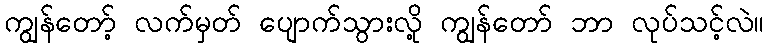
ကျွန်တော့် လက်မှတ် ပျောက်သွားလို့ ကျွန်တော် ဘာ လုပ်သင့်လဲ။